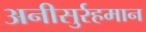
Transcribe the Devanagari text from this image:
अनीसुर्रहमान